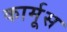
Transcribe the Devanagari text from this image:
कार्मूस